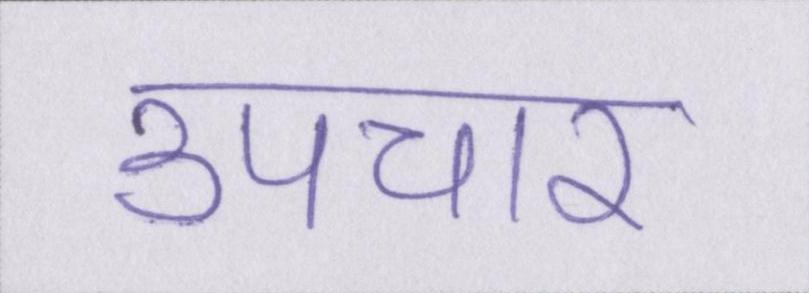
उपचार